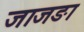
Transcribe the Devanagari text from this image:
जाजङा